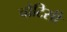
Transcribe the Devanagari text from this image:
चोटिसी